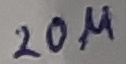
Text: 20µ